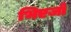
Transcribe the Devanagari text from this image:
भिएजो